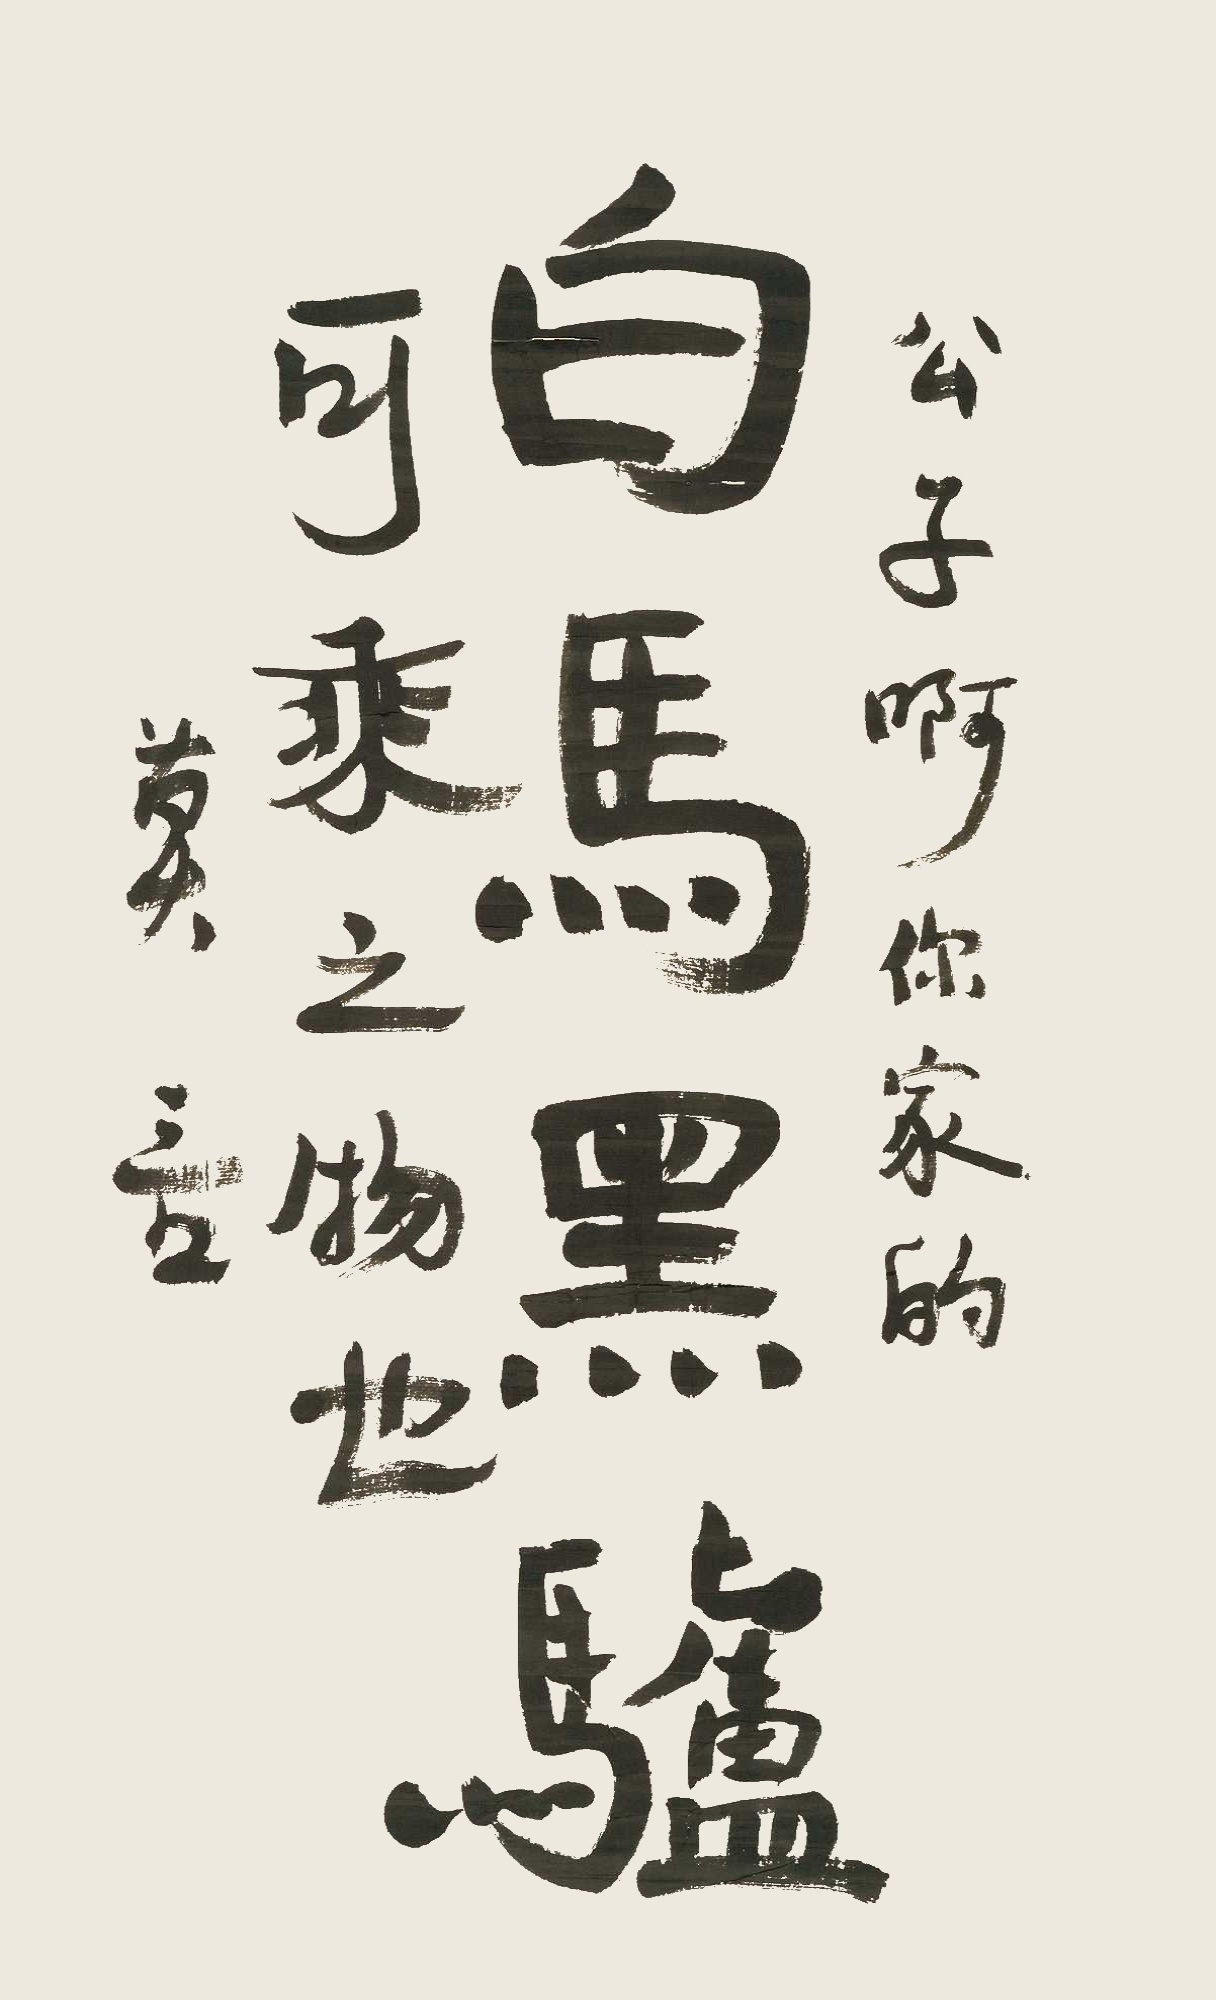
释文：公子啊，你家的白马黑驴，可乘之物也。莫言。